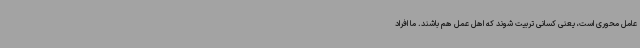
عامل محوری است، یعنی کسانی تربیت شوند که اهل عمل هم باشند. ما افراد